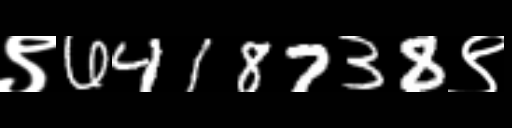
Text: ९6418738९